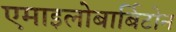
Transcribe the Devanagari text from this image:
एमाइलोबार्बिटोन